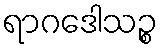
ရာဂဒေါသဉ္စ